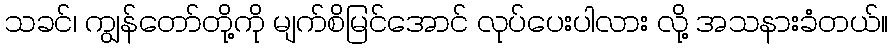
သခင်၊ ကျွန်တော်တို့ကို မျက်စိမြင်အောင် လုပ်ပေးပါလား လို့ အသနားခံတယ်။